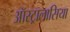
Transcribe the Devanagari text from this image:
ऑस्ट्रालासिया